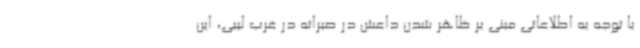
با توجه به اطلاعاتی مبنی بر ظاهر شدن داعش در صبراته در غرب لیبی، این